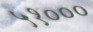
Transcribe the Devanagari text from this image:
५१०००